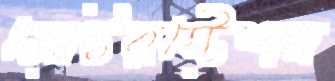
মোটরস্টেশন